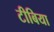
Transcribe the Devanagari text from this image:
टीबिया